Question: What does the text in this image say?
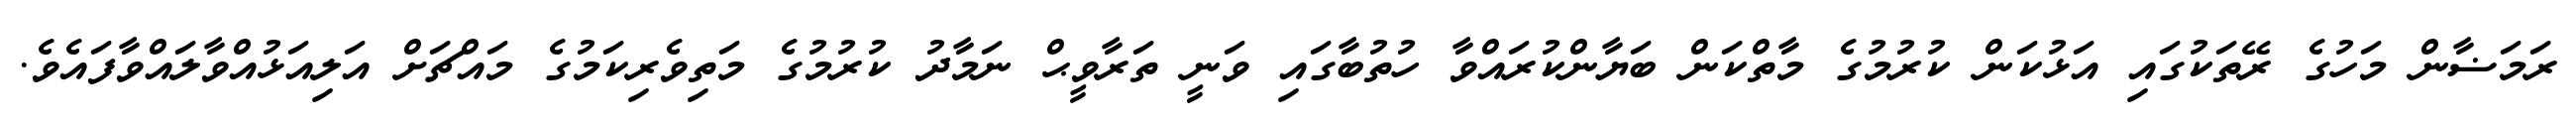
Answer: ރަމަޟާން މަހުގެ ރޭތަކުގައި އަޅުކަން ކުރުމުގެ މާތްކަން ބަޔާންކުރައްވާ ހުތުބާގައި ވަނީ ތަރާވީޙް ނަމާދު ކުރުމުގެ މަތިވެރިކަމުގެ މައްޗަށް އަލިއަޅުއްވާލައްވާފައެވެ.